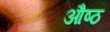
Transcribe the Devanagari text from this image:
औष्ठ